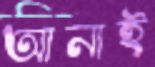
আনাই